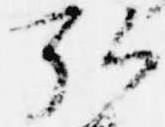
弘